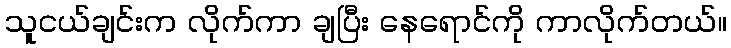
သူငယ်ချင်းက လိုက်ကာ ချပြီး နေရောင်ကို ကာလိုက်တယ်။